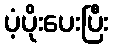
ပံ့ပိုးပေးပြီး